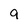
Character: 9